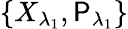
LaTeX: \left\{ {{X}_{{\lambda}_{1}}},{{\mathsf{P}}_{{\lambda}_{1}}}\right\}